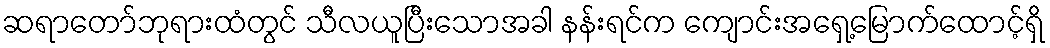
ဆရာတော်ဘုရားထံတွင် သီလယူပြီးသောအခါ နန်းရင်က ကျောင်းအရှေ့မြောက်ထောင့်ရှိ